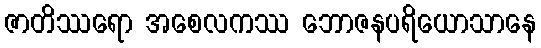
ဇာတိဿရော အစေလကဿ ဘောဇနပရိယောသာနေ